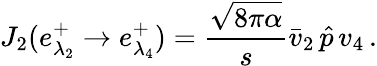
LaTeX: J_{2}(e_{\lambda_{2}}^{+}\to e_{\lambda_{4}}^{+})={\frac{\sqrt{8\pi\alpha}}{s}}\bar{v}_{2}\, \hat{p}\, v_{4}\, .